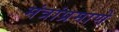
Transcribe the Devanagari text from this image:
मंत्रांप्रमाणे